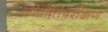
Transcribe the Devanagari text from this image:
जीवोतिपरीक्षण